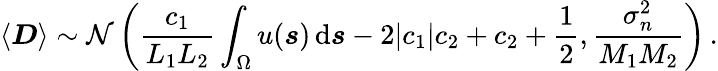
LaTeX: \langle\boldsymbol{D}\rangle\sim\mathcal{N}\left(\frac{c_{1}}{L_{1}L_{2}}\int_{\Omega}u(\boldsymbol{s})\, \textrm{d}\boldsymbol{s}-2|c_{1}|c_{2}+c_{2}+\frac{1}{2},\frac{\sigma_{n}^{2}}{M_{1}M_{2}}\right)\, .